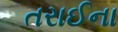
તરાઈના